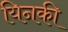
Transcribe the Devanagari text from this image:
यिनकी